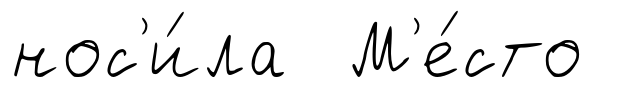
нос'и́ла М'е́сто